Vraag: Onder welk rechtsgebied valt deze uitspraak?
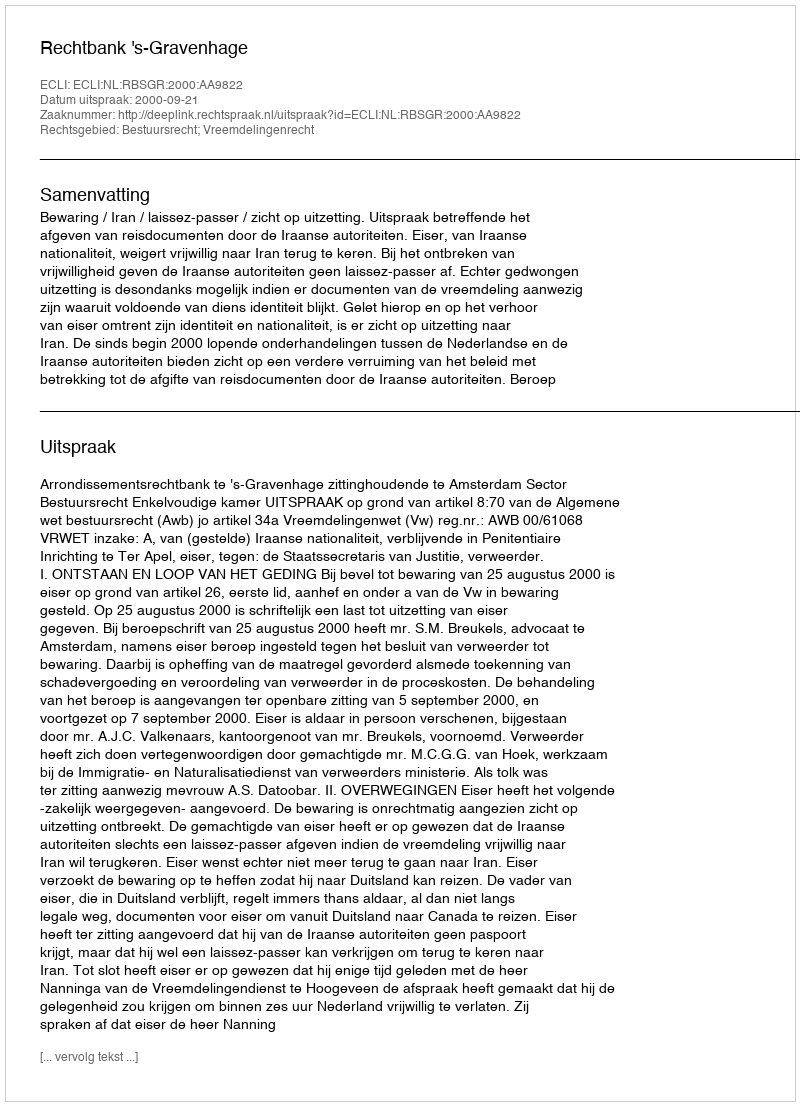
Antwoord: Bestuursrecht; Vreemdelingenrecht